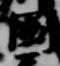
国